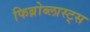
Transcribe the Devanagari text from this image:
फिब्रोब्लास्ट्स